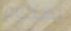
بهجوم